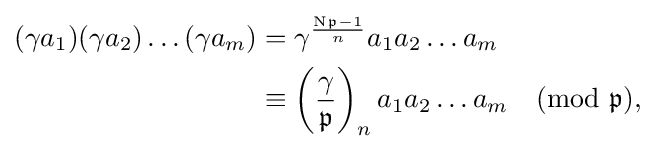
{\begin{aligned}(\gamma a_{1})(\gamma a_{2})\dots (\gamma a_{m})&=\gamma ^{\frac {\mathrm {N} {\mathfrak {p}}-1}{n}}a_{1}a_{2}\dots a_{m}\\&\equiv \left({\frac {\gamma }{\mathfrak {p}}}\right)_{n}a_{1}a_{2}\dots a_{m}{\pmod {\mathfrak {p}}},\end{aligned}}